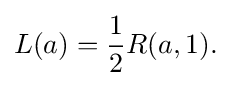
\displaystyle {L(a)={\frac {1}{2}}R(a,1).}